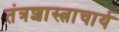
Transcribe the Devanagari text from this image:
तंत्रशास्त्राचार्य